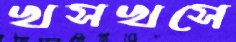
খসখসে